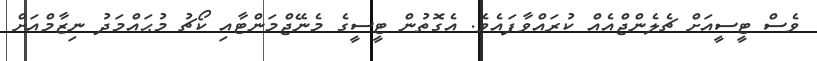
ވެސް ޓީސީއަށް ޗެލެންޖްއެއް ކުރައްވާފައެވެ. އެގޮތުން ޓީސީގެ މެނޭޖްމަންޓާއި ކޯޗު މުޙައްމަދު ނިޒާމްއަށް